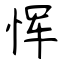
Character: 恽